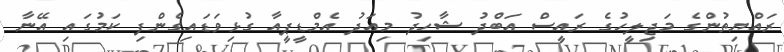
ރައްޔިތުންގެ މަޖިލީހުގެ ރައީސް އަބްދު ޝާހިދު މިއަދު އެމްޑީޕީއާ ގުޅިވަޑައިގެންފި ކަމުގައި އޭނާ